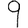
Digit: 9